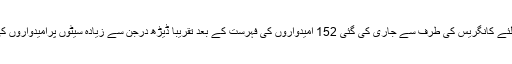
راجستھان اسمبلی انتخابات کے لئے کانگریس کی طرف سے جاری کی گئی 152 امیدواروں کی فہرست کے بعد تقریباً ڈیڑھ درجن سے زیادہ سیٹوں پرامیدواروں کی جم کرمخالفت کی جارہی ہے۔